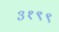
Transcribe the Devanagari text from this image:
३१९९